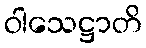
ဝါသေဋ္ဌာတိ